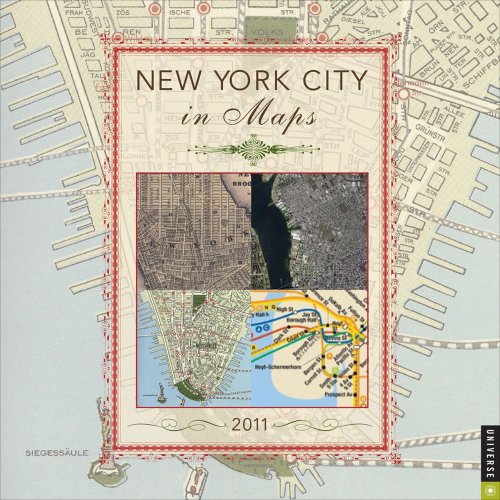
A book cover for New York City in Maps: 2011 Wall Calendar; Universe Publishing; Calendars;